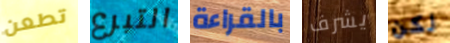
تطعن التبرع بالقراءة يشرف لكن